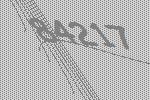
84217